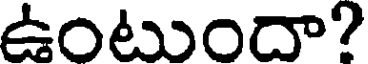
ఉంటుందా?